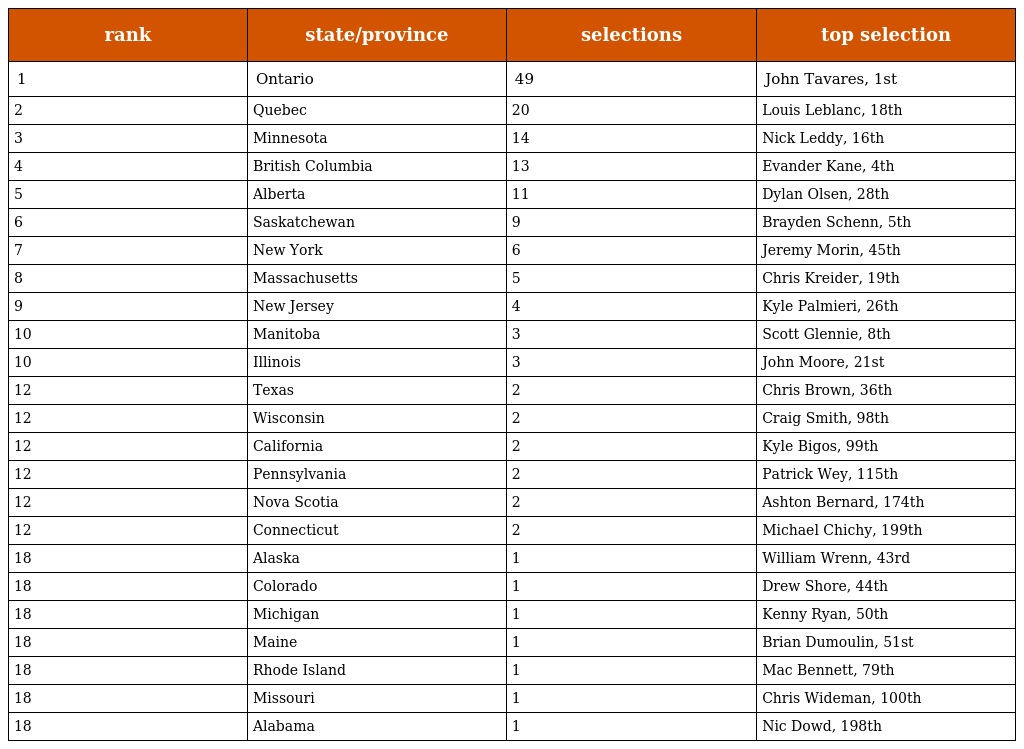
| rank | state/province | selections | top selection |
 | --- | --- | --- | --- |
 | 1 | Ontario | 49 | John Tavares, 1st |
 | 2 | Quebec | 20 | Louis Leblanc, 18th |
 | 3 | Minnesota | 14 | Nick Leddy, 16th |
 | 4 | British Columbia | 13 | Evander Kane, 4th |
 | 5 | Alberta | 11 | Dylan Olsen, 28th |
 | 6 | Saskatchewan | 9 | Brayden Schenn, 5th |
 | 7 | New York | 6 | Jeremy Morin, 45th |
 | 8 | Massachusetts | 5 | Chris Kreider, 19th |
 | 9 | New Jersey | 4 | Kyle Palmieri, 26th |
 | 10 | Manitoba | 3 | Scott Glennie, 8th |
 | 10 | Illinois | 3 | John Moore, 21st |
 | 12 | Texas | 2 | Chris Brown, 36th |
 | 12 | Wisconsin | 2 | Craig Smith, 98th |
 | 12 | California | 2 | Kyle Bigos, 99th |
 | 12 | Pennsylvania | 2 | Patrick Wey, 115th |
 | 12 | Nova Scotia | 2 | Ashton Bernard, 174th |
 | 12 | Connecticut | 2 | Michael Chichy, 199th |
 | 18 | Alaska | 1 | William Wrenn, 43rd |
 | 18 | Colorado | 1 | Drew Shore, 44th |
 | 18 | Michigan | 1 | Kenny Ryan, 50th |
 | 18 | Maine | 1 | Brian Dumoulin, 51st |
 | 18 | Rhode Island | 1 | Mac Bennett, 79th |
 | 18 | Missouri | 1 | Chris Wideman, 100th |
 | 18 | Alabama | 1 | Nic Dowd, 198th |